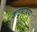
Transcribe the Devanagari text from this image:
कटुभाषण